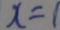
x = 1